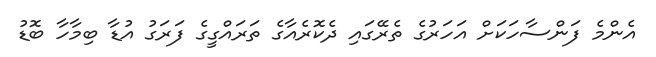
އެންމެ ފަންސާހަކަށް އަހަރުގެ ތެރޭގައި ދެކޮރެއާގެ ތަރައްގީގެ ފަރަގު އުޑާ ބިމާހާ ބޮޑު